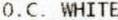
O.C. WHITE